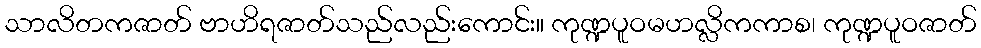
သာလိတကဇာတ် ဗာဟိရဇာတ်သည်လည်းကောင်း။ ကုဏ္ဍပူဝမဟလ္လိကကာစ၊ ကုဏ္ဍပူဝဇာတ်